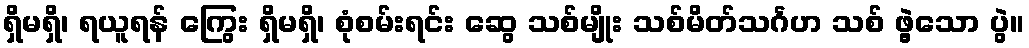
ရှိမရှိ၊ ရယူရန် ကြွေး ရှိမရှိ၊ စုံစမ်းရင်း ဆွေ သစ်မျိုး သစ်မိတ်သင်္ဂဟ သစ် ဖွဲ့သော ပွဲ။